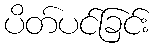
ပိတ်ပင်ခြင်း